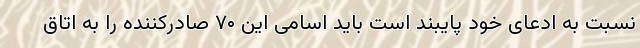
نسبت به ادعای خود پایبند است باید اسامی این ۷۰ صادرکننده را به اتاق